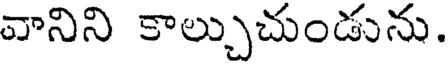
వానిని కాల్చుచుండును.